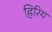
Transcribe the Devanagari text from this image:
हिरिय